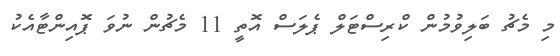
މި މެޗު ބަލިވުމުން ކްރިސްޓަލް ޕެލަސް އޮތީ 11 މެޗުން ނުވަ ޕޮއިންޓާއެކު